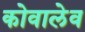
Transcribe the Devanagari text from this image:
कोवालेव